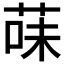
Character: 菋